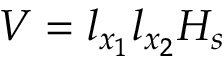
V = l _ { x _ { 1 } } l _ { x _ { 2 } } H _ { s }